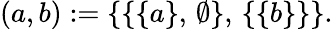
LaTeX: \left(a,b\right):=\left\{ \left\{ \left\{ a\right\} ,\, \emptyset\right\} ,\, \left\{ \left\{ b\right\} \right\} \right\} .